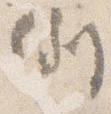
例